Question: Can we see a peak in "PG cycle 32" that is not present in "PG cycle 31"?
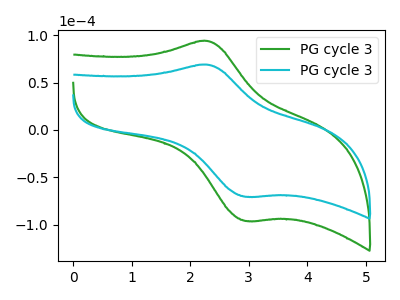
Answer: <think>The green curve "PG cycle 31" has an anodic peak at (2.30V, 94.00uA) and a cathodic peak at (2.95V, -96.10uA). The cyan curve "PG cycle 32" has an anodic peak at (2.30V, 69.00uA) and a cathodic peak at (2.95V, -70.50uA).
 All the peaks in "PG cycle 32" have a peak in "PG cycle 31" at the same potential. Every peak in "PG cycle 32" is lower than every peak in "PG cycle 31".</think>
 <answer>No, "PG cycle 32" and "PG cycle 31" don't appear to be significantly different in shape</answer>
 <eval>no_change</eval>